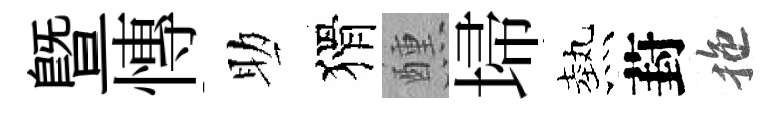
暨慱助猾醺埽熱葑拖